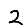
Digit: 2